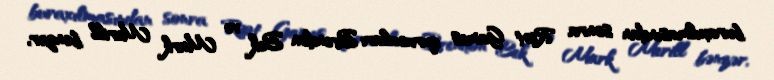
buraxılmasından sonra Riot Games qurucuları Brendon Bek və Mark Merill bənzər,